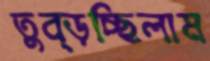
তুব্‌ড়চ্ছিলাম